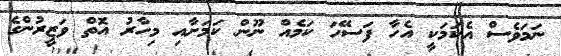
ނަމަވެސް އެކަމަކީ އެހާ ފަސޭހަ ކަމެއް ނޫން ކަމަށާއި މިހާރު އޮތް ވަޒީރުންގެ